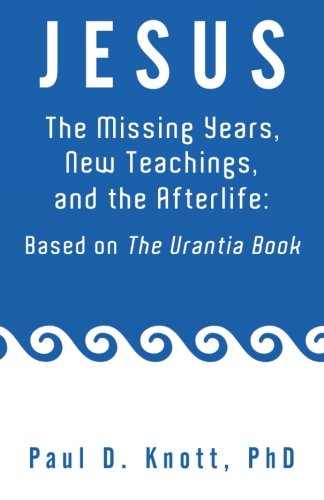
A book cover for Jesus - The Missing Years, New Teachings, and the Afterlife: Based On The Urantia Book; Paul D. Knott; Religion & Spirituality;